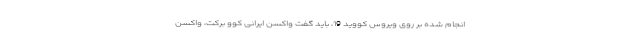
انجام شده بر روی ویروس کووید 19، باید گفت واکسن ایرانی کوو برکت، واکسن